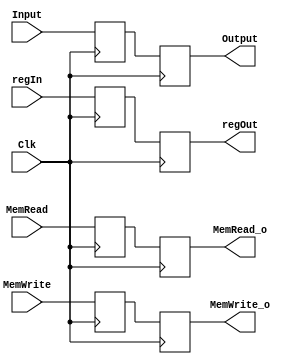
`timescale 1ns / 1ps
//////////////////////////////////////////////////////////////////////////////////
// Company: 
// Engineer: 
// 
// Design Name: 
// Module Name: PostWB
// Project Name: 
// Target Devices: 
// Tool Versions: 
// Description: 
// 
// Dependencies: 
// 
// Revision:
// Revision 0.01 - File Created
// Additional Comments:
// 
//////////////////////////////////////////////////////////////////////////////////


module PostWB(Clk, Input, MemRead, MemWrite, Output, MemRead_o, MemWrite_o, regIn, regOut);
    input Clk, MemRead, MemWrite;
    input [31:0] Input;
    input [4:0] regIn;
    
    reg [31:0] Register;
    reg [4:0] regReg;
    reg MemRead_r, MemWrite_r;
    
    output reg [31:0] Output;
    output reg [4:0] regOut;
    output reg MemRead_o, MemWrite_o;
    
    initial begin
    MemRead_o = 0;
    MemWrite_o = 0;
    end
    
    always @(posedge Clk) begin
        Register <= Input;
        regReg <= regIn;
        MemRead_r <= MemRead;
        MemWrite_r <= MemWrite;
    end
    
    always @(negedge Clk) begin
        Output <= Register;
        regOut <= regReg;
        MemRead_o <= MemRead_r;
        MemWrite_o <= MemWrite_r;
    end
endmodule